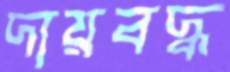
দায়বদ্ধ